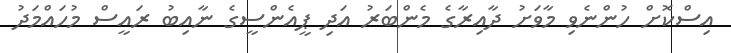
އިސްކޮށް ހުންނެވި މާވަށު ދާއިރާގެ މެންބަރު އަދި ޕީއެންސީގެ ނާއިބު ރައީސް މުހައްމަދު